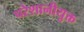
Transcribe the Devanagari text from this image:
परेशानीयुक्त